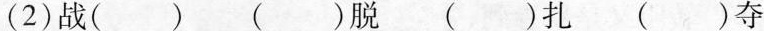
(2)( )战( )脱 ( )扎( )夺